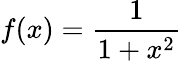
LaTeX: f(x)={\frac{1}{1+x^{2}}}